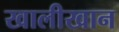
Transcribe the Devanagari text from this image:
खालीखान